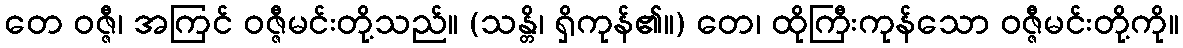
တေ ဝဇ္ဇီ၊ အကြင် ဝဇ္ဇီမင်းတို့သည်။ (သန္တိ၊ ရှိကုန်၏။) တေ၊ ထိုကြီးကုန်သော ဝဇ္ဇီမင်းတို့ကို။